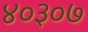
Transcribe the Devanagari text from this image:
४०३०७